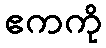
ဧကကို